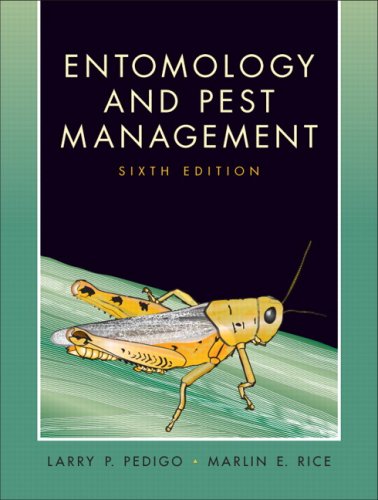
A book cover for Entomology and Pest Management (6th Edition); Larry P. Pedigo; Science & Math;